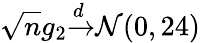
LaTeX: {\sqrt{n}}g_{2}{\xrightarrow{d}}{\mathcal{N}}(0,24)